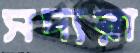
সদ্যরা